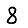
Digit: 8